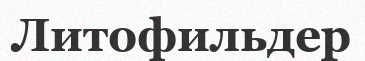
Литофильдер